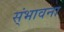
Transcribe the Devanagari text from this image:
स्ंभावना